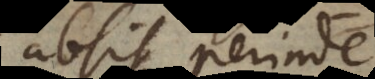
absit perinde